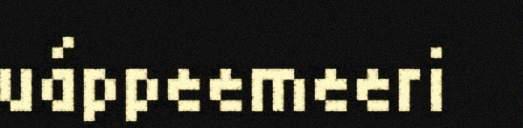
uáppeemeeri